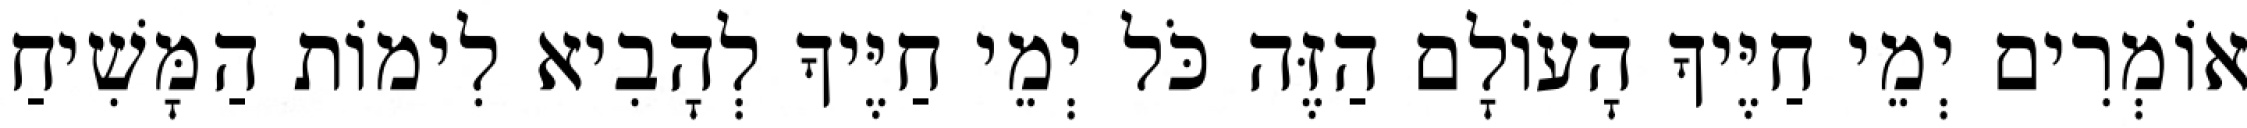
אוֹמְרִים יְמֵי חַיֶּיךָ הָעוֹלָם הַזֶּה כֹּל יְמֵי חַיֶּיךָ לְהָבִיא לִימוֹת הַמָּשִׁיחַ